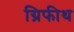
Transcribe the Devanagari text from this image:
ग्रिफीथ